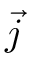
\vec { j }